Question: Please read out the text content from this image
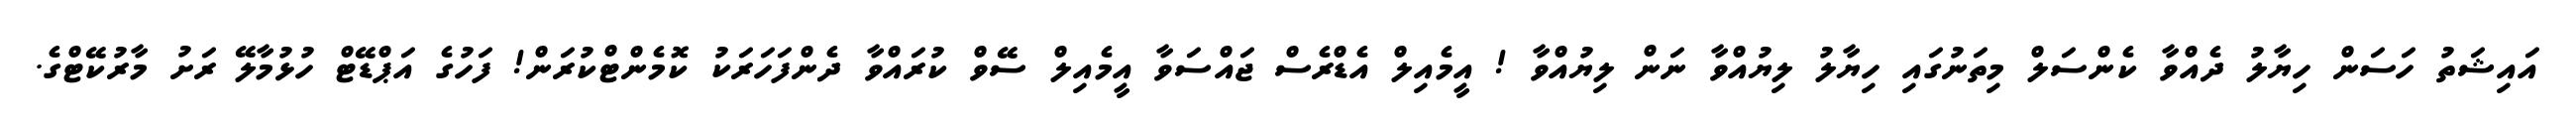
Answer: އައިޝަތު ހަސަން ހިޔާލު ދެއްވާ ކެންސަލް މިތަނުގައި ހިޔާލު ލިޔުއްވާ ނަން ލިޔުއްވާ ! އީމެއިލް އެޑްރެސް ޖައްސަވާ އީމެއިލް ސޭވް ކުރައްވާ ދެންފަހަރަކު ކޮމެންޓްކުރަން! ފަހުގެ އަޕްޑޭޓް ހުޅުމާލޭ ރަށު މާރުކޭޓްގެ.